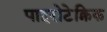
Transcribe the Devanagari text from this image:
पाइरोटेक्निक